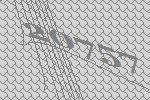
20757